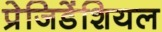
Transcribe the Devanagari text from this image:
प्रेजिडेंशियल